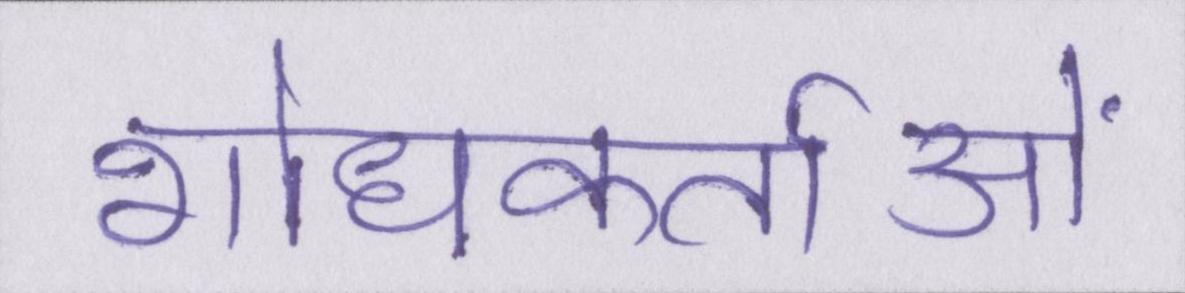
शोधकर्ताओं